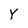
Character: Y